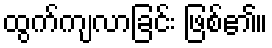
ထွက်ကျလာခြင်း ဖြစ်၏။